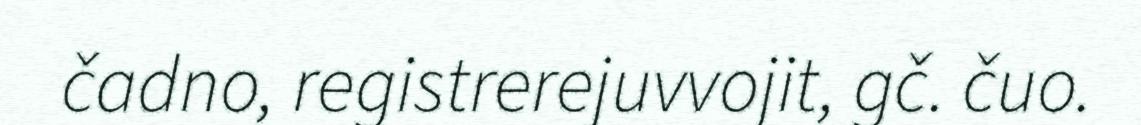
čadno, registrerejuvvojit, gč. čuo.